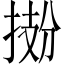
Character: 𫽂